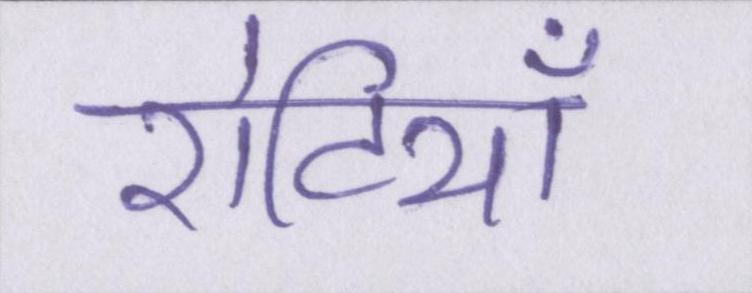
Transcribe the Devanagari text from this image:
रोटियाँ